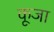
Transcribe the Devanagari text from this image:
कूजा